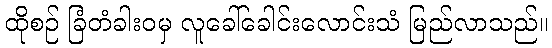
ထိုစဉ် ခြံတံခါးဝမှ လူခေါ်ခေါင်းလောင်းသံ မြည်လာသည်။